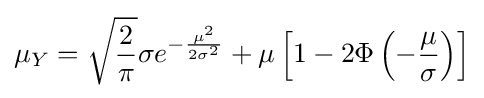
\mu _{Y}={\sqrt {\frac {2}{\pi }}}\sigma e^{-{\frac {\mu ^{2}}{2\sigma ^{2}}}}+\mu \left[1-2\Phi \left(-{\frac {\mu }{\sigma }}\right)\right]